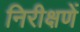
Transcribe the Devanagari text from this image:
निरीक्षणें